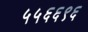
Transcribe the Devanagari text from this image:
५५६६९६